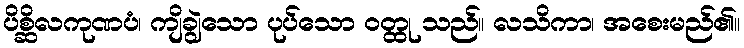
ပိစ္ဆိလကုဏပံ၊ ကျိချွဲသော ပုပ်သော ဝတ္ထု သည်။ လသိကာ၊ အစေးမည်၏။